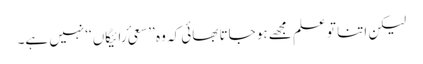
لیکن اتنا تو علم مجھے ہو جاتا بھائی کہ وہ ’’سعیٔ رائیگاں‘‘ نہیں ہے۔